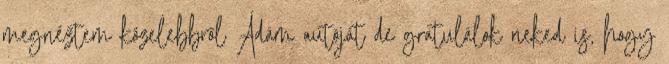
megnéztem közelebbről Ádám autóját de gratulálok neked is, hogy